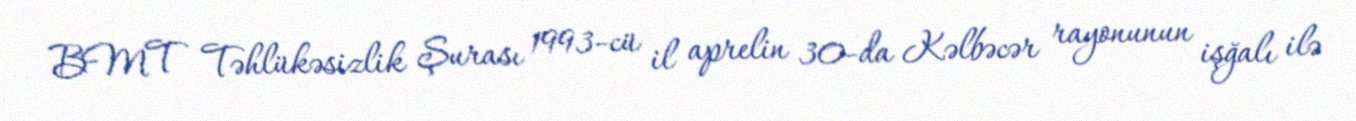
BMT Təhlükəsizlik Şurası 1993-cü il aprelin 30-da Kəlbəcər rayonunun işğalı ilə